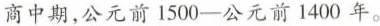
商中期，公元前1503-公元前1400年。